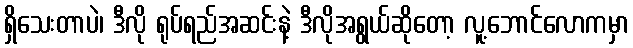
ရှိသေးတာပဲ၊ ဒီလို ရုပ်ရည်အဆင်းနဲ့ ဒီလိုအရွယ်ဆိုတော့ လူ့ဘောင်လောကမှာ